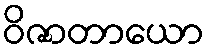
ဝိဇာတာယော